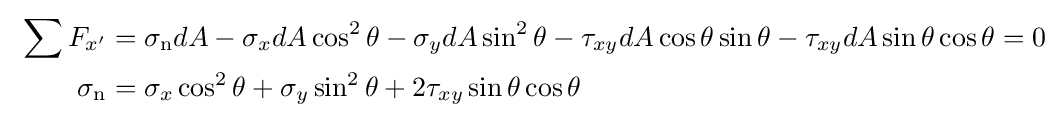
\ {\begin{aligned}\sum F_{x'}&=\sigma _{\mathrm {n} }dA-\sigma _{x}dA\cos ^{2}\theta -\sigma _{y}dA\sin ^{2}\theta -\tau _{xy}dA\cos \theta \sin \theta -\tau _{xy}dA\sin \theta \cos \theta =0\\\sigma _{\mathrm {n} }&=\sigma _{x}\cos ^{2}\theta +\sigma _{y}\sin ^{2}\theta +2\tau _{xy}\sin \theta \cos \theta \\\end{aligned}}